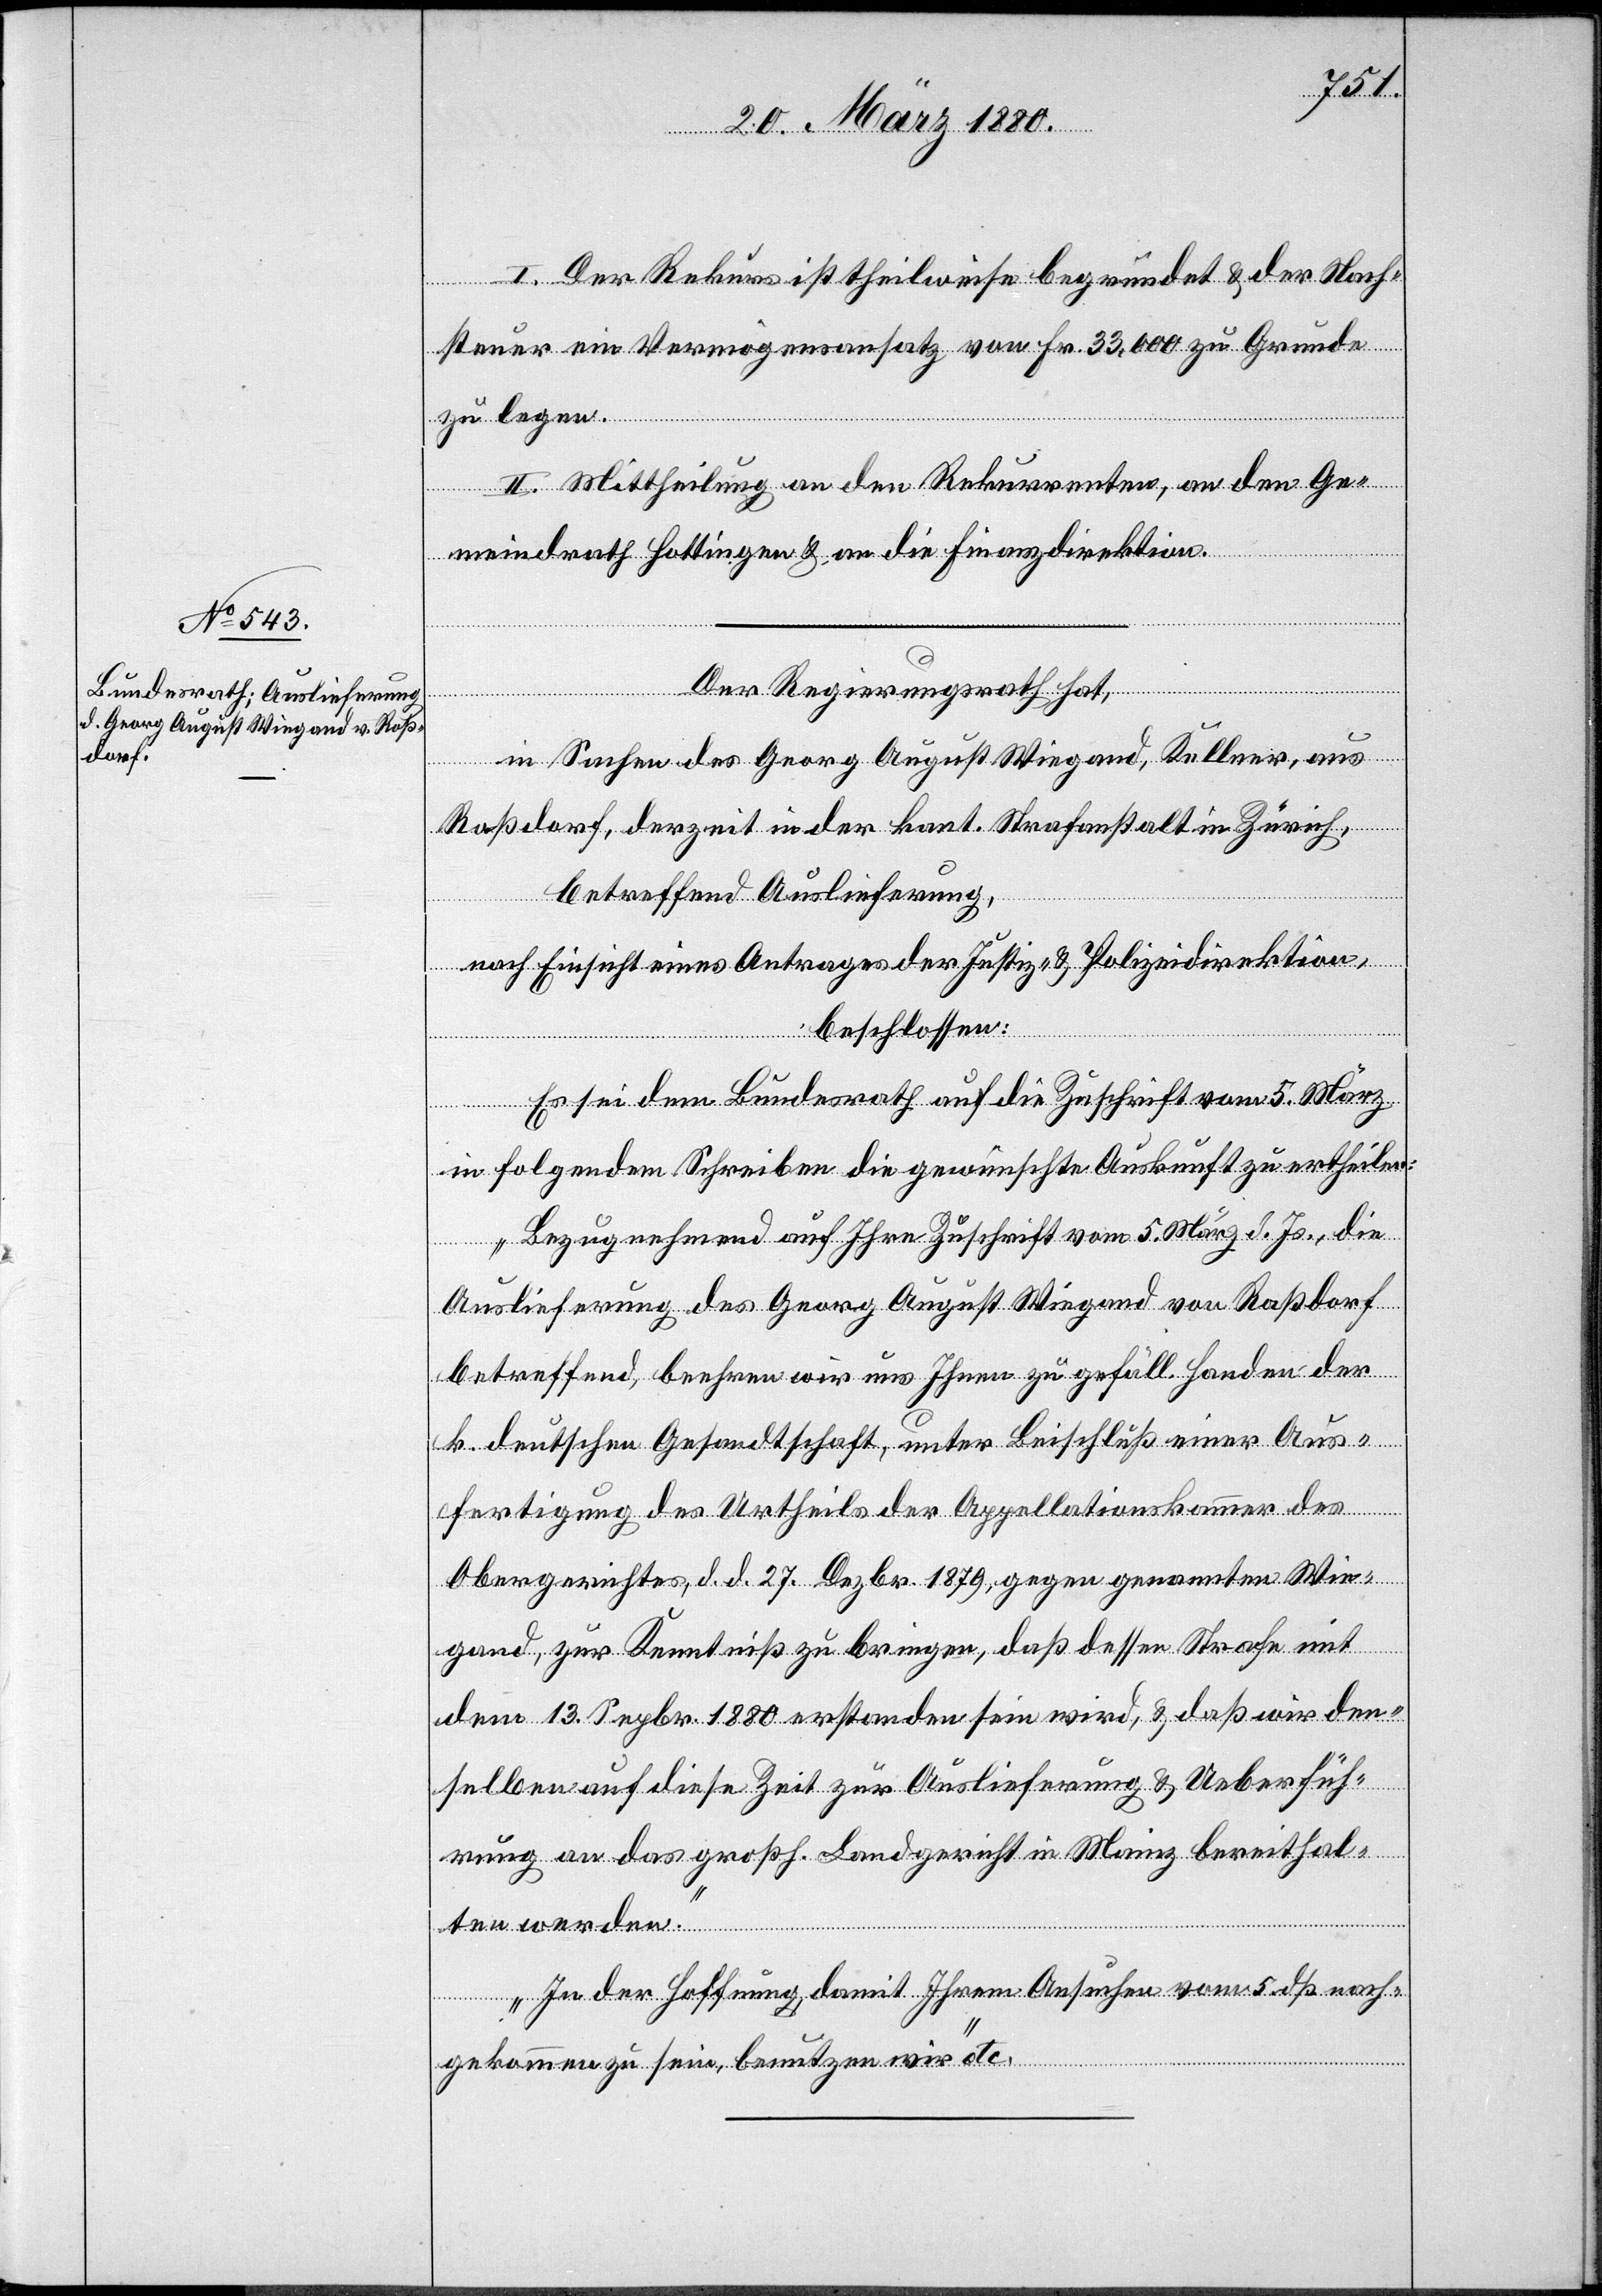
I. Der Rekurs ist theilweise begründet & der Nach¬
steuer ein Vermögensansatz von Fr. 33, 000 zu Grunde
zu legen.
II. Mittheilung an den Rekurrenten, an den Ge¬
meindrath Hottingen & an die Finanzdirektion.
Der Regierungsrath hat,
in Sachen des Georg August Wiegand, Kellner, aus
Roßdorf, derzeit in der kant. Strafanstalt Zürich,
betreffend Auslieferung,
nach Einsicht eines Antrages der Justiz- & Polizeidirektion,
beschlossen:
Es sei dem Bundesrath auf die Zuschrift vom 5. März
in folgendem Schreiben die gewünschte Auskunft zu ertheilen:
„Bezugnehmend auf Ihre Zuschrift vom 5. März d. Js., die
Auslieferung des Georg August Wiegand von Roßdorf
betreffend beehren wir uns Ihnen zu gefäll. Handen der
k. deutschen Gesandtschaft, unter Beischluß einer Aus¬
fertigung des Urtheils der Appellationskammer des
Obergerichtes, d. d. 27. Dezbr. 1879, gegen genannten Wie¬
gand, zur Kenntniß zu bringen, daß dessen Strafe mit
dem 13. Septbr. 1880 erstanden sein wird & daß wir den¬
selben auf diese Zeit zur Auslieferung & Ueberfüh¬
rung an das großh. Landgericht in Mainz bereithal¬
ten werden.
In der Hoffnung, damit Ihrem Ansuchen vom 5. dß. nach¬
gekommen zu sein, benutzen wir.“ etc.